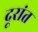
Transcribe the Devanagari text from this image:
दूरांत